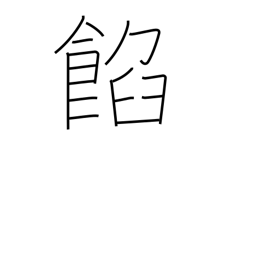
Meaning: bean jam